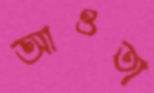
আওতা